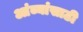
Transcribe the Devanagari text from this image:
आंब्यांसाठी